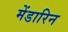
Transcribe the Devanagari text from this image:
मेंडारिन